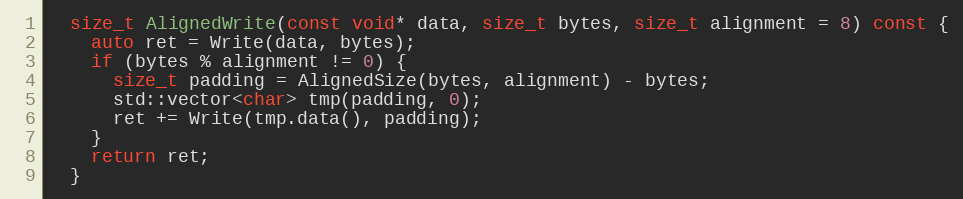
Language: C
  size_t AlignedWrite(const void* data, size_t bytes, size_t alignment = 8) const {
    auto ret = Write(data, bytes);
    if (bytes % alignment != 0) {
      size_t padding = AlignedSize(bytes, alignment) - bytes;
      std::vector<char> tmp(padding, 0);
      ret += Write(tmp.data(), padding);
    }
    return ret;
  }